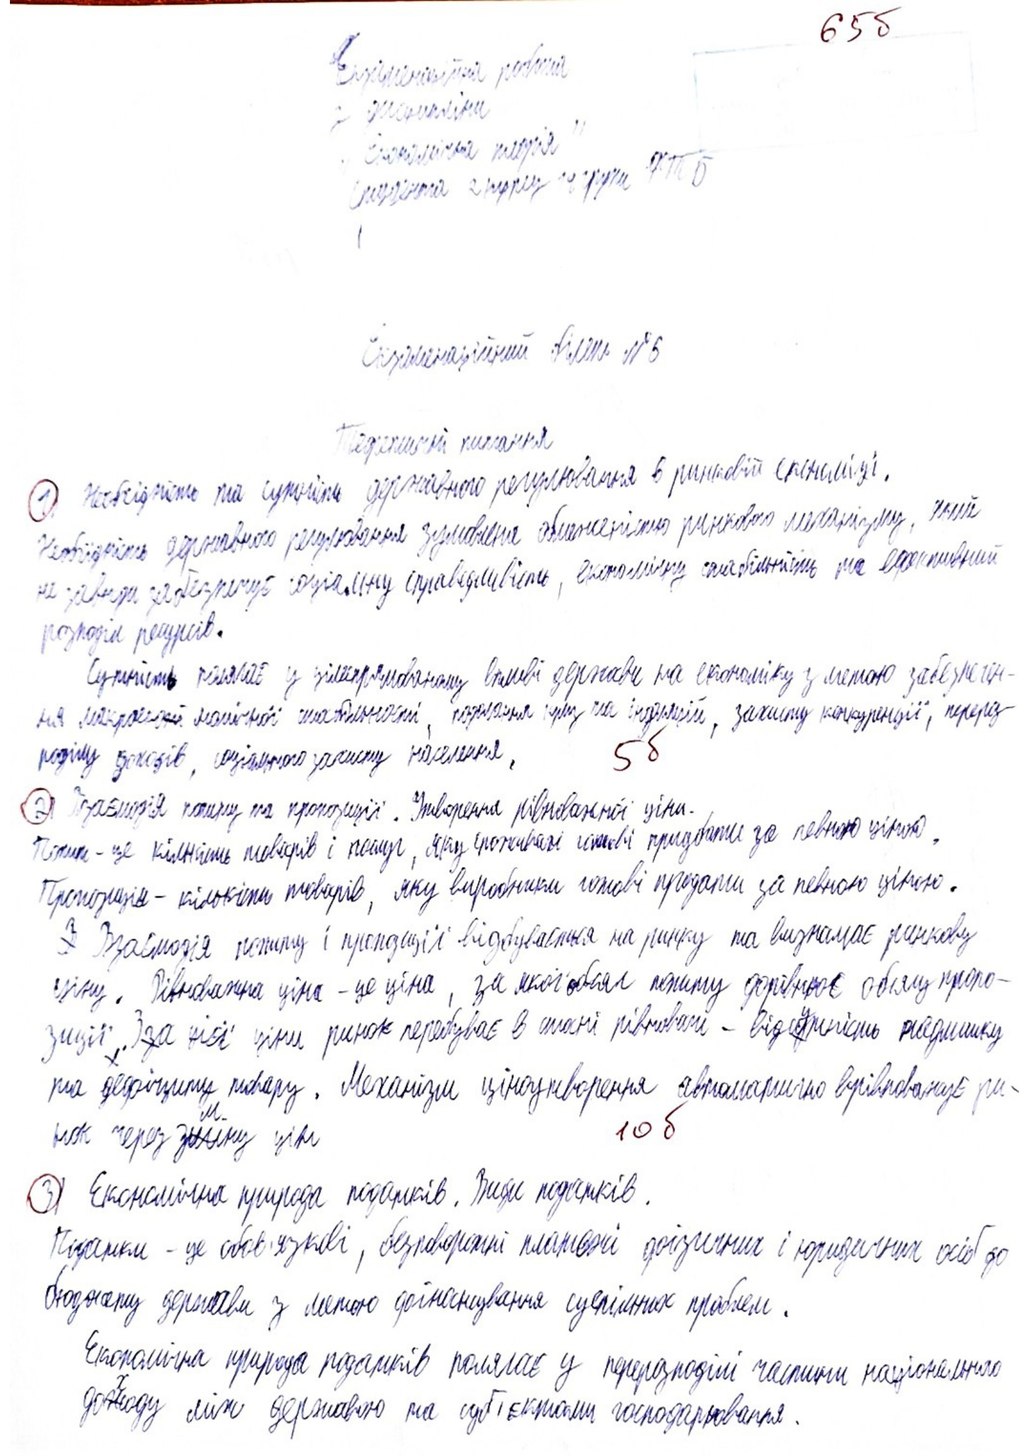
65б
Екзаменаційна робота
з дисципліни
"Економічна теорія"
студента 2 курсу групи ФТБ
Екзаменаційний білет № 5
Теоретичні питання
1 Необхідність та сутність державного регулювання в ринковій економіці.
Необхідність державного регулювання зумовлена обмеженістю ринкового механізму, який
не завжди забезпечує соціальну справедливість, економічну стабільність та ефективний
розподіл ресурсів.
Сутність полягає у цілеспрямованому впливі держави на економіку з метою забезпечен-
ня макроекономічної стабільності, подолання криз та інфляцій, захисту конкуренції, перероз-
5б
поділу доходів, соціального захисту населення,
2) Взаємодія попиту та пропозиції. Утворення рівноважної ціни.
Попит - це кількість товарів і послуг, яку споживачі готові придбати за певною ціною,
Пропозиція - кількість товарів, яку виробники готові продати за певною ціною.
~~[illegible]~~ Взаємодія попиту і пропозиції відбувається на ринку та визначає ринкову
ціну. Рівноважна ціна - це ціна, за якої обсяг попиту дорівнює обсягу пропо-
зиції~~,~~. З~~з~~а цієї ціни ринок перебуває в стані рівноваги - відс~~д~~{у}тність надлишку
та дефіциту товару. Механізм ціноутворення автоматично врівноважує ри-
нок через з~~ш~~{м}іну цін.
10 б
3) Економічна природа податків. Види податків.
Податки - це обов'язкові, безповоротні платежі фізичних і юридичних осіб до
бюджету держави з метою фінансування суспільних проблем.
Економічна природа податків полягає у перерозподілі частини національного
до~~ж~~ходу між державою та суб'єктами господарювання.